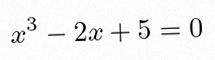
x^3-2x+5=0